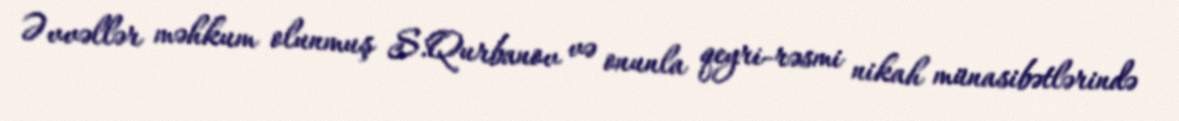
Əvvəllər məhkum olunmuş S.Qurbanov və onunla qeyri-rəsmi nikah münasibətlərində